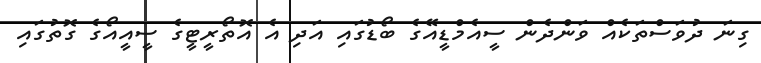
ގިނަ ދުވަސްތަކެއް ވަންދެން ސީއެމްޑީއޭގެ ބޯޑުގައި އަދި އެ އޮތޯރީޓީގެ ސީއީއޯގެ ގޮތުގައި